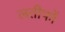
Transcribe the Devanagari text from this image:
लतीफों